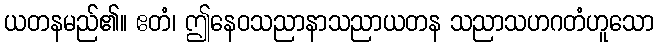
ယတနမည်၏။ ဧတံ၊ ဤနေဝသညာနာသညာယတန သညာသဟဂတံဟူသော